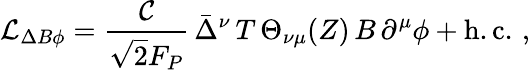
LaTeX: {\cal L}_{\Delta B\phi}=\frac{{\cal C}}{\sqrt{2}F_{P}}\, \bar{\Delta}^{\nu}\, T\, \Theta_{\nu\mu}(Z)\, B\, \partial^{\mu}\phi+\mathrm{h.c.}\, \, ,